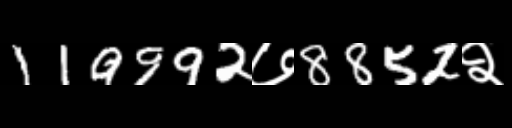
Text: 119992७8852२